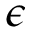
\epsilon